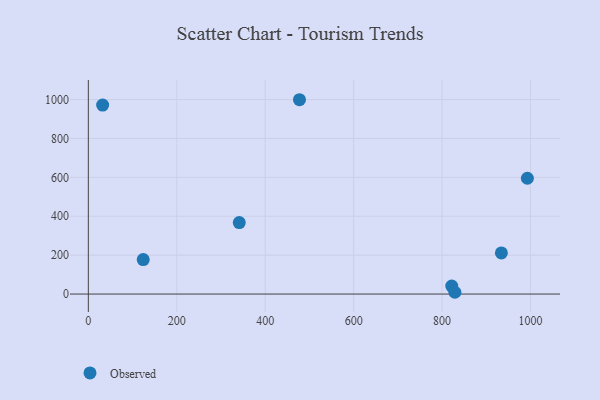
{"axis": {"x": "Speed", "y": "Exam Score"}, "legend": ["Observed"], "data": [{"x": "821.9", "y": 41.3, "type": "Observed"}, {"x": "829.0", "y": 9.2, "type": "Observed"}, {"x": "477.5", "y": 999.1, "type": "Observed"}, {"x": "32.3", "y": 971.6, "type": "Observed"}, {"x": "934.1", "y": 211.3, "type": "Observed"}, {"x": "124.1", "y": 177.3, "type": "Observed"}, {"x": "992.9", "y": 595.4, "type": "Observed"}, {"x": "341.3", "y": 367.7, "type": "Observed"}]}